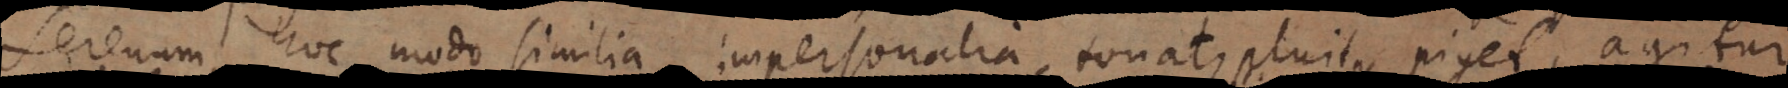
serenum, hoc modo similia impersonalia, tonat, pluit, piget, agitur